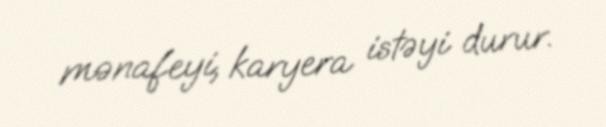
mənafeyi, karyera istəyi durur.